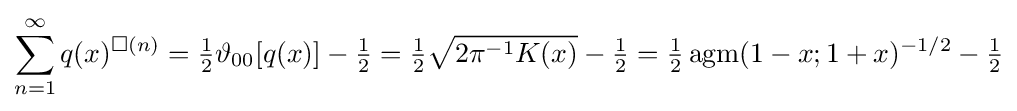
\sum _{n=1}^{\infty }q(x)^{\Box (n)}={\tfrac {1}{2}}\vartheta _{00}[q(x)]-{\tfrac {1}{2}}={\tfrac {1}{2}}{\sqrt {2\pi ^{-1}K(x)}}-{\tfrac {1}{2}}={\tfrac {1}{2}}\operatorname {agm} (1-x;1+x)^{-1/2}-{\tfrac {1}{2}}